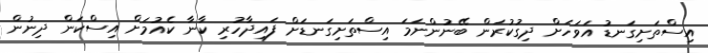
އިސްތަށިގަނޑު އަވަހަށް ދިގުކުރަން ބޭނުންނަމަ އިސްތަށިގަނޑަށް ފައިދާހުރި ކާނާ ކެއުމަށް އިސްކަން ދިނުން